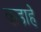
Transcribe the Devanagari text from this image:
कडाहे